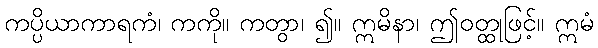
ကပ္ပိယာကာရကံ၊ ကကို။ ကတွာ၊ ၍။ ဣမိနာ၊ ဤဝတ္ထုဖြင့်။ ဣမံ